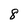
Character: 8